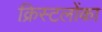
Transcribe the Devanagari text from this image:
क्रिस्टलोंका